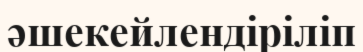
әшекейлендіріліп